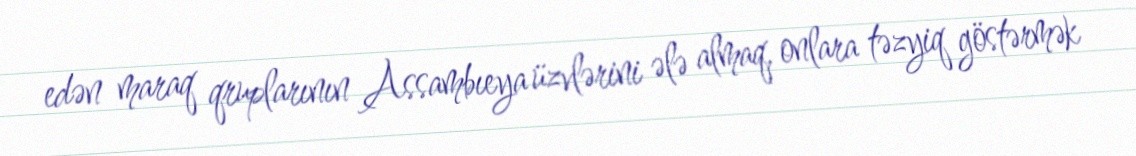
edən maraq qruplarının Assambıeya üzvlərini ələ almaq, onlara təzyiq göstərmək